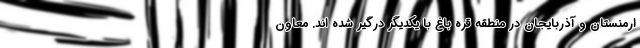
ارمنستان و آذربایجان در منطقه قره باغ با یکدیگر درگیر شده اند. معاون